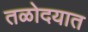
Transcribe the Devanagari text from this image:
तळोदयात